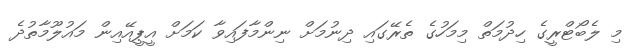
މި ލެބޯޓްރީގެ ހިދުމަތް މިމަހުގެ ތެރޭގައި ދިނުމަށް ނިންމާފައިވާ ކަމަށް އީޕީއޭއިން މައުލޫމާތުދެ